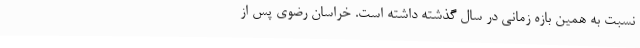
نسبت به همین بازه زمانی در سال گذشته داشته است. خراسان رضوی پس از